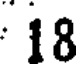
18